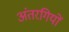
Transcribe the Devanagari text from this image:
अंतरगियों